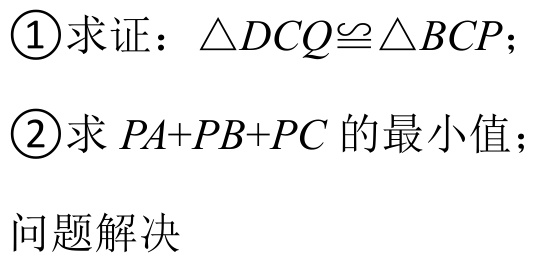
\textcircled{1}求证：\(\triangle DCQ\cong\triangle BCP\)；
\textcircled{2}求\(PA + PB + PC\)的最小值；
问题解决